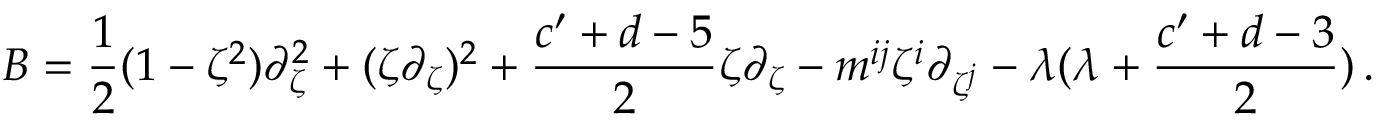
B = \frac { 1 } { 2 } ( 1 - \zeta ^ { 2 } ) \partial _ { \zeta } ^ { 2 } + ( \zeta \partial _ { \zeta } ) ^ { 2 } + \frac { c ^ { \prime } + d - 5 } { 2 } \zeta \partial _ { \zeta } - m ^ { i j } \zeta ^ { i } \partial _ { \zeta ^ { j } } - \lambda ( \lambda + \frac { c ^ { \prime } + d - 3 } { 2 } ) \, .